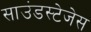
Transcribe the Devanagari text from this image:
साउंडस्टेजेस